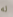
له